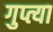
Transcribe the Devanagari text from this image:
गुप्त्या